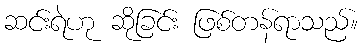
ဆင်းရဲဟု ဆိုခြင်း ဖြစ်တန်ရာသည်။